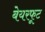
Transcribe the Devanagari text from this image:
बेयरफूट